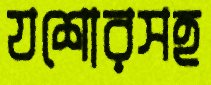
যশোরসহ